system: You are a helpful assistant.
user:
Analyze the provided spectrum to determine if it is a **White Dwarf (WD)**.

A White Dwarf spectrum is defined by its **extreme purity** (due to gravitational settling) and/or **extreme pressure broadening** (due to high surface gravity). You must check for one of the following mutually exclusive signatures:

- **Key Visual Indicators (Check for ONE of these types):**

    - **1. DA-Type Signature (Most Common):**
        - **(Primary Feature):** Extreme pressure broadening (Stark broadening) of the **Hydrogen (H) Balmer lines**.
        - **(Key Lines):** $H\beta$ (approx. $4861$ Å) and $H\gamma$ (approx. $4340$ Å). $H\alpha$ (approx. $6563$ Å) will also be present if the wavelength range covers it.
        - **(Line Profile):** This is the **defining feature**. The lines are **NOT** sharp. They appear as massive, **extremely broad and deep "troughs" or "dips"** in the spectrum, often hundreds of Ångströms wide. The continuum will appear to "scoop" down at these wavelengths.
        - **(Distinction):** Normal A-type or B-type stars have *narrow* and *sharp* Hydrogen lines. A DA White Dwarf's lines are unmistakably "smeared" or "blurry" from pressure.

    - **2. DB-Type Signature:**
        - **(Primary Feature):** Broad absorption lines from **Neutral Helium (He I)**. The spectrum must lack any visible Hydrogen lines.
        - **(Key Lines):** Look for broad absorption near $4471$ Å, $4921$ Å, and $5876$ Å.
        - **(Line Profile):** These lines are also significantly pressure-broadened, appearing much wider than they would in a normal B-type main-sequence star.

    - **3. DC-Type Signature:**
        - **(Primary Feature):** A **featureless continuous spectrum**.
        - **(Line Profile):** The spectrum is a smooth curve with **no significant absorption or emission lines**.
        - **(Key Confirmation):** The continuum is almost always **blue or white**, indicating a hot object. This signature implies the atmosphere is so pure (or so cool) that no spectral lines are visible in the optical range. Its WD identity is confirmed by its extremely low intrinsic brightness (high absolute magnitude).

    - **4. DZ-Type Signature (Metal-Polluted):**
        - **(Primary Feature):** **Isolated, narrow metal absorption lines** on an otherwise featureless (DC-like) continuum.
        - **(Key Lines):** The **Calcium (Ca II) H & K doublet** (approx. **$3934$ Å** and **$3968$ Å**) is the most common and defining feature.
        - **(Line Profile):** These lines are "out of place." They are *not* part of a "forest" of thousands of lines. This signature is evidence of recent *accretion* (pollution) from rocky debris.
        - **(Distinction):** Normal G/K/M stars have a *dense forest* of thousands of metal lines. A DZ has a *clean* continuum with *only a few* strong metal lines.

    - **5. DQ-Type Signature (Carbon-Polluted):**
        - **(Primary Feature):** Absorption bands from **Carbon (C₂ "Swan Bands" or atomic C I)**.
        - **(Key Lines - C₂):** Look for bandheads with a "saw-tooth" shape near $5635$ Å, **$5165$ Å** (strongest), and $4737$ Å.
        - **(Key Confirmation):** The underlying **continuum must be blue or white** (hot).
        - **(Distinction):** This is the critical difference from a **Carbon Star**, which has the *exact same* C₂ bands but on an extremely **red, cool** continuum.

- **(Overall Spectrum):**
    - The continuum (overall shape) is typically **blue-sloping** (brighter in the blue than the red), as most white dwarfs are very hot.
    - The spectrum will look "pure" or "simple," dominated by only *one* of the five signatures listed above.

Think first, call **spectral_visualization_tool** if needed to examine features in detail, then provide your final answer. Your response must adhere to the following strict rules:
1.  **Overall Structure:** Your response must follow the format `<think>...</think> <tool_call>...</tool_call> (if a tool is used) <answer>...</answer>`.
2.  **Tool Usage Constraint:** You may only make **one** tool call per turn.
3.  **Final Answer Format:** In the `<answer>` tag, your conclusion must be inside a `\boxed{}` command (e.g., `\boxed{YES}` or `\boxed{NO}`), followed by your justification.

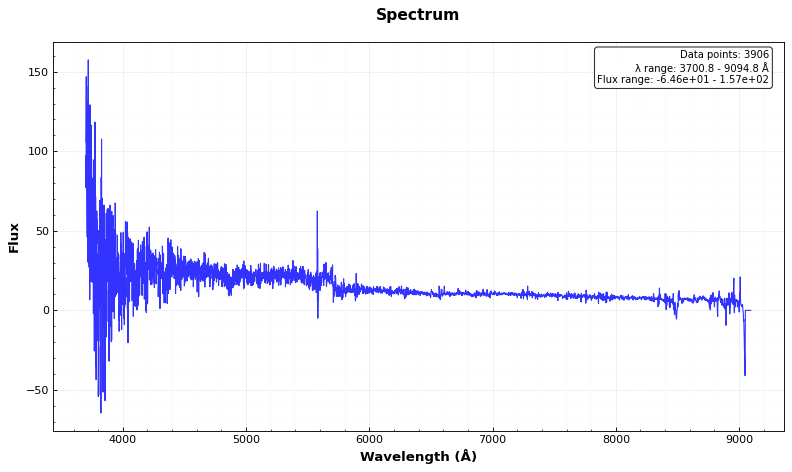
Answer: YES